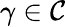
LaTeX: \gamma\in{\mathcal{C}}